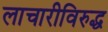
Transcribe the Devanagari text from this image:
लाचारीविरुद्ध